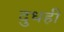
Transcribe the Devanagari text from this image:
दुधही